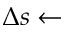
\Delta s \gets